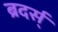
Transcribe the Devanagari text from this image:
ब्रदर्स्